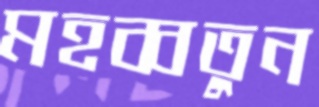
মহব্বতুন